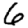
Digit: 6